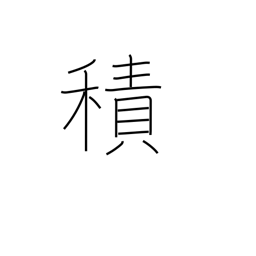
Meaning: load